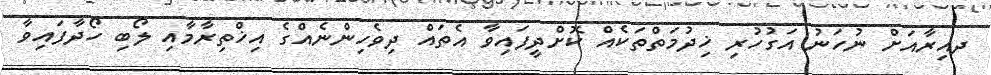
ދއިރާއަށް ނުހަނު އަގުހުރި ޚިދުމަތްތަކެއް ކޮށްދީފައިވާ އެތައް ދިވެހިންނެއްގެ އިޚްތިރާމާއި ލޯބި ހޯދާފައިވާ